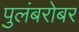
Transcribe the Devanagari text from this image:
पुलंबरोबर